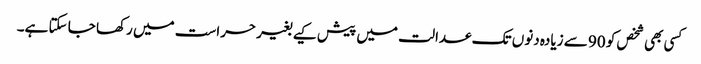
کسی بھی شخص کو 90 سے زیادہ دنوں تک عدالت میں پیش کیے بغیر حراست میں رکھا جا سکتا ہے۔